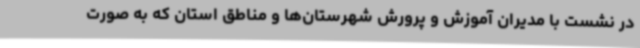
در نشست با مدیران آموزش و پرورش شهرستان‌ها و مناطق استان که به صورت